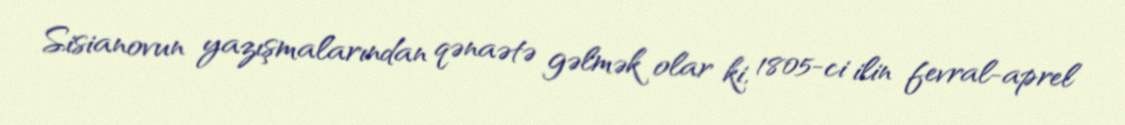
Sisianovun yazışmalarından qənaətə gəlmək olar ki, 1805-ci ilin fevral-aprel